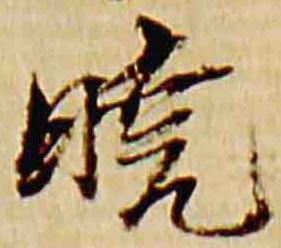
暁